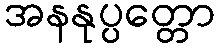
အနနုပ္ပတ္တော